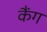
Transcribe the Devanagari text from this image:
कैंग